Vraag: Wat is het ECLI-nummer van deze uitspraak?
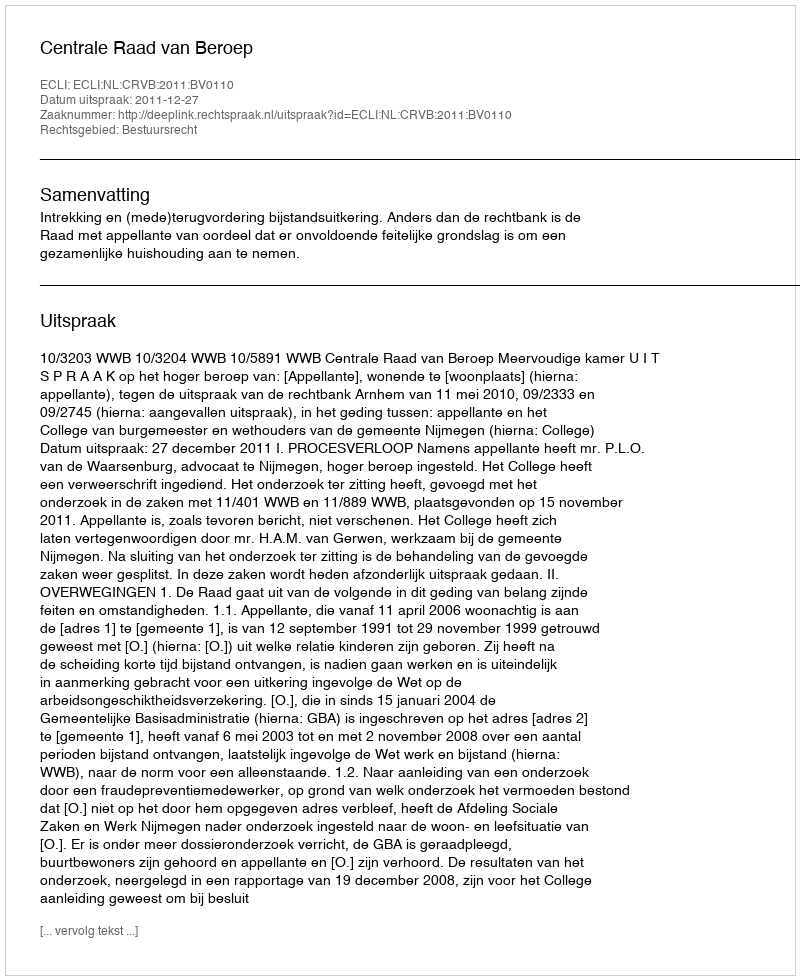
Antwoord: ECLI:NL:CRVB:2011:BV0110